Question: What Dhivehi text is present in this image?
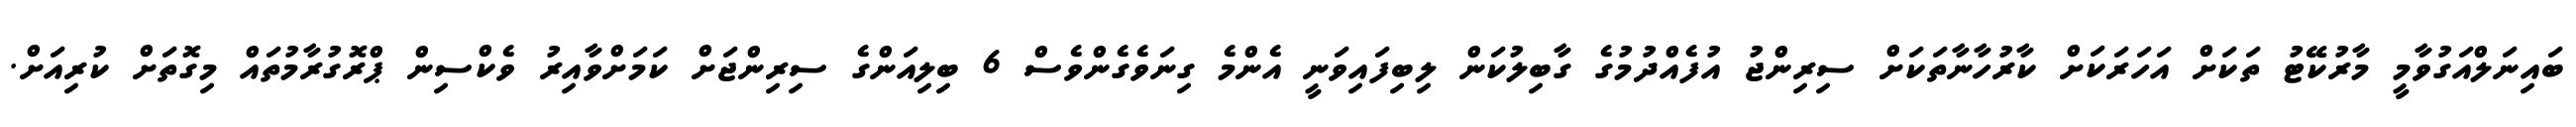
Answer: ބައިނަލްއަގުވާމީ މާރުކޭޓު ތަކަށް އަހަރަކަށް ކާރުހާނާތަކަށް ސިރިންޖު އުފެއްދުމުގެ ގާބިލުކަން ލިބިފައިވަނީ އެންމެ ގިނަވެގެންވެސް 6 ބިލިއަންގެ ސިރިންޖަށް ކަމަށްވާއިރު ވެކްސިން ޕްރޮގުރާމުތައް މިގޮތަށް ކުރިއަށް.